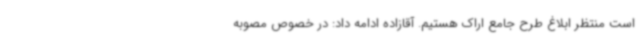
است منتظر ابلاغ طرح جامع اراک هستیم. آقازاده ادامه داد: در خصوص مصوبه